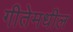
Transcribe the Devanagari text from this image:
गीतेमधील